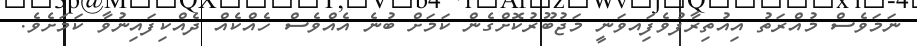
ނަމަވެސް މުއްރަތު އިއުތިރާފުވެފަިއވަނީ މަޖުބޫރުކޮށްގެން ކަމަށް ބުނެ އެއްވެސް ހެއްކެއް ދެއްކިފައިނުވާ ކަމަށެވެ.